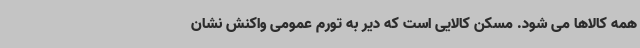
همه کالاها می شود. مسکن کالایی است که دیر به تورم عمومی واکنش نشان